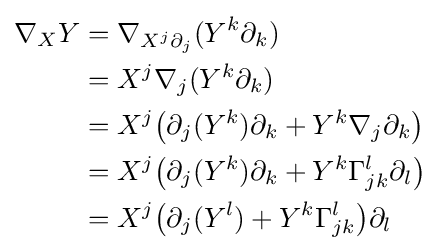
{\begin{aligned}\nabla _{X}Y&=\nabla _{X^{j}\partial _{j}}(Y^{k}\partial _{k})\\&=X^{j}\nabla _{j}(Y^{k}\partial _{k})\\&=X^{j}{\bigl (}\partial _{j}(Y^{k})\partial _{k}+Y^{k}\nabla _{j}\partial _{k}{\bigr )}\\&=X^{j}{\bigl (}\partial _{j}(Y^{k})\partial _{k}+Y^{k}\Gamma _{jk}^{l}\partial _{l}{\bigr )}\\&=X^{j}{\bigl (}\partial _{j}(Y^{l})+Y^{k}\Gamma _{jk}^{l}{\bigr )}\partial _{l}\end{aligned}}